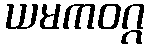
ယမကဝဂ္ဂ